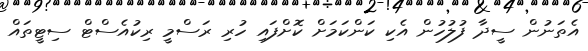
އެތަނުން ސީދާ ފުލުހުން އެކި ކަންކަމަށް ކޮށްފައި ހުރި ރަސްމީ ރިކުއެސްޓް ސިޓީތައް